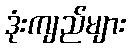
ဒုံးကျည်များ